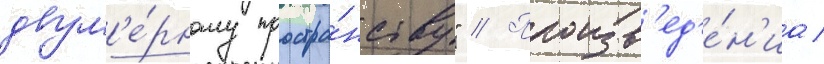
двум'е́рному простра́нству" // Произв'ед'е́н'иа